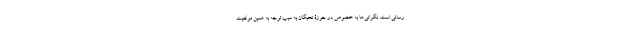
رسانی است. نگرانی‌ها به خصوص در حوزۀ نخبگان به سبب توجه به همین موقعیت